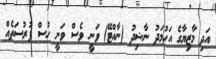
އަދި މާޒިޔާގެ އަހުމަދު ނާޝިދު (ނާއްޓޭ) ވަނީ ވެސް ވަނީ ހުސް ފުރުސަތެއް